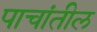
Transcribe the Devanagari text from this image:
पाचांतील